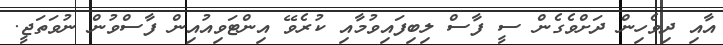
އާއި ދިވެހިން ދަށްވެގެން ސީ ފާސް ލިބިފައިވުމާއި ކުރެވޭ އިންޓަވިއުއިން ފާސްވުން ނުވަތަޖީ.